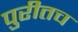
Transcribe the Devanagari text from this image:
पुरीतच